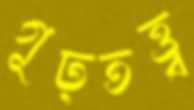
গূঢ়তত্ত্ব